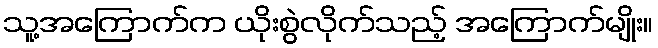
သူ့အကြောက်က ယိုးစွဲလိုက်သည့် အကြောက်မျိုး။